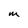
Character: M